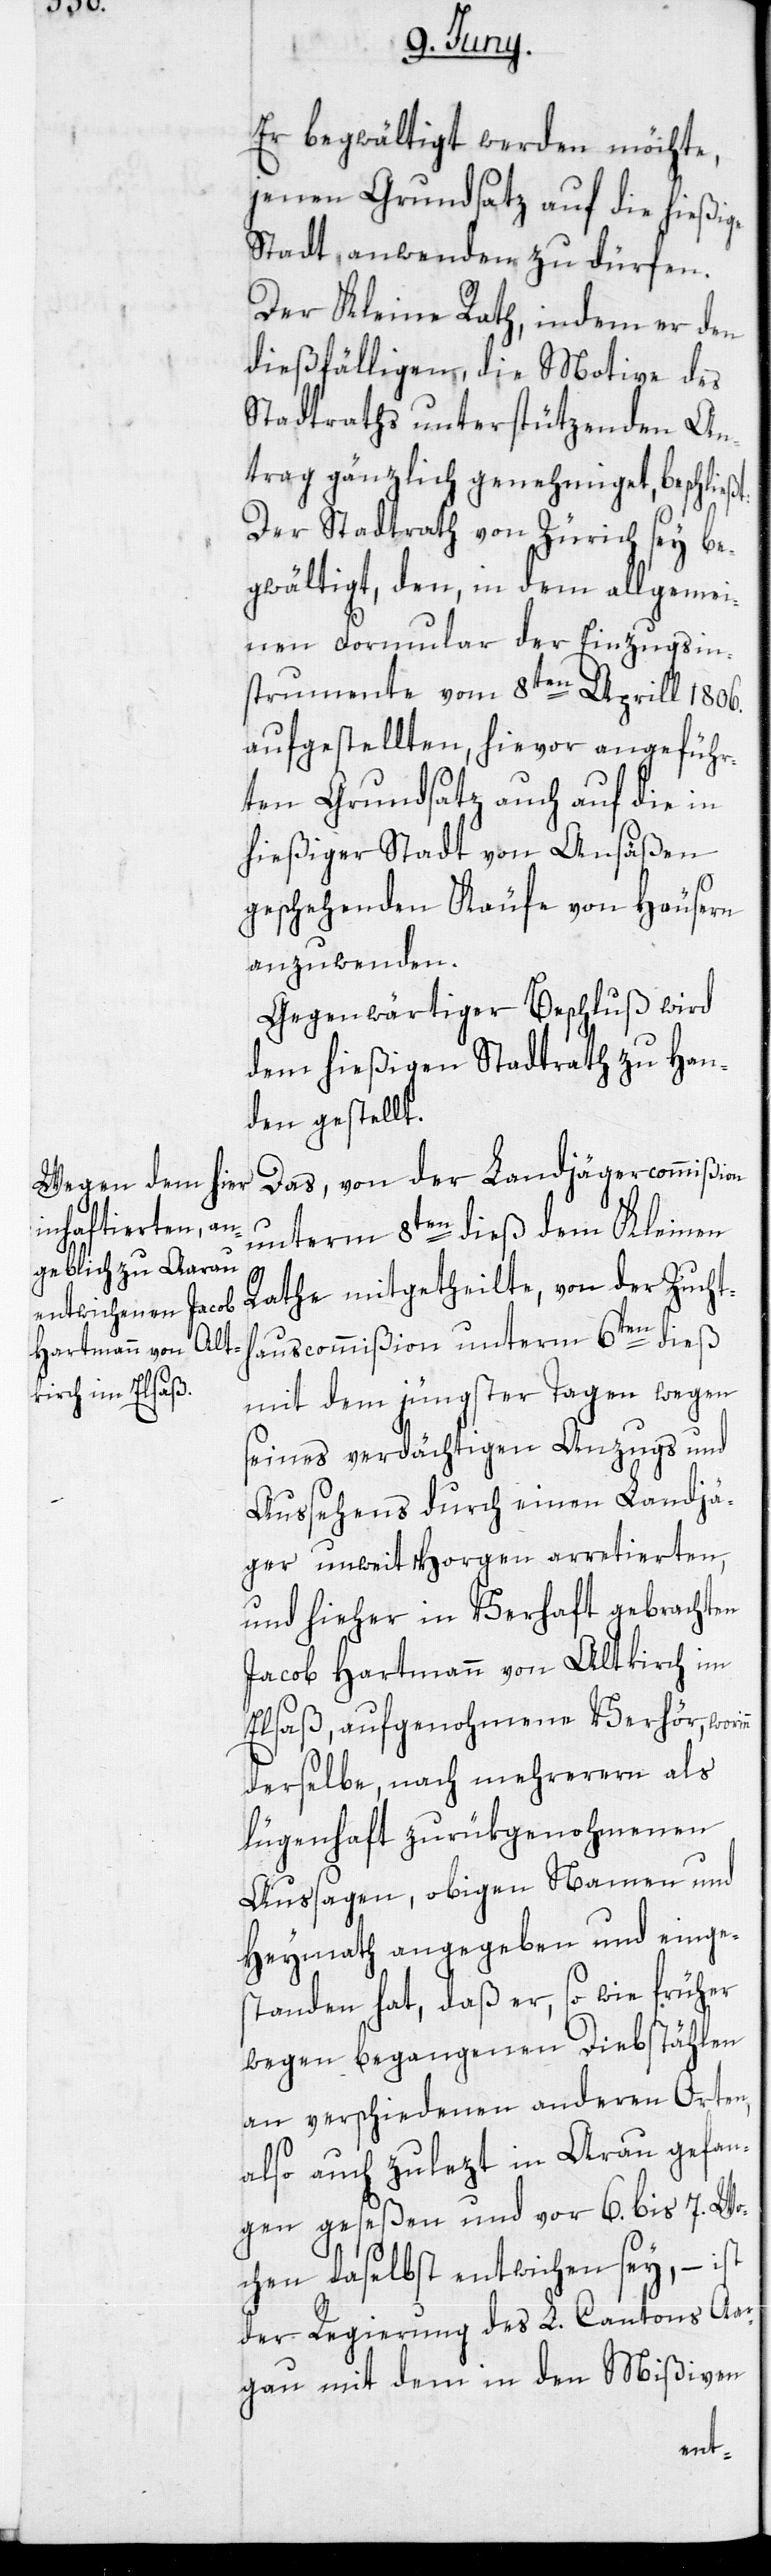
Er begwältigt werden möchte,
jenen Grundsatz auf die hießige
Stadt anwenden zu dürfen.
Der Kleine Rath, indem er den
dießfälligen, die Motive des
Stadtraths unterstützenden An¬
trag gänzlich genehmiget, beschließ¬
Der Stadtrath von Zürich sey be¬
gwältigt, den, in dem allgemei¬
nen Formular der Einzugsin¬
strumente vom 8ten Aprill 1806.
aufgestellten, hievor angeführ¬
ten Grundsatz auch auf die in
hießiger Stadt von Ansäßen
geschehenden Käufe von Häusern
anzuwenden.
Gegenwärtiger Beschluß wird
dem hießigen Stadtrath zu Han¬
den gestellt.
Das, von der Landjägercommißion
unterm 8ten dieß dem Kleinen
nn
Rathe mitgetheilte, von der Zucht¬
hauscommißion unterm 6ten dieß
mit dem jüngster Tagen wegen
seines verdächtigen Anzugs und
Aussehens durch einen Landjä¬
ger unweit Horgen arretierten,
und hieher in Verhaft gebrachten
Jacob Hartmann von Altkirch im
Elsaß, aufgenohmene Verhör, wori¬
derselbe, nach mehreren als
lügenhaft zurükgenohmenen
Aussagen, obigen Namen und
Heymath angegeben und einge¬
standen hat, daß er, so wie früher
wegen begangenen Diebstählen
an verschiedenen anderen Orten,
also auch zulezt in Arau gefan¬
gen geseßen und vor 6. bis 7. Wo¬
chen daselbst entwichen sey, – ist
der Regierung des L. Cantons Aar¬
gau mit dem in den Mißiven